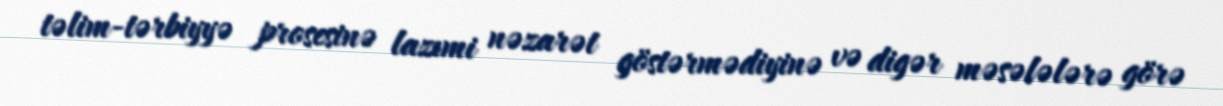
təlim-tərbiyyə prosesinə lazımi nəzarət göstərmədiyinə və digər məsələlərə görə